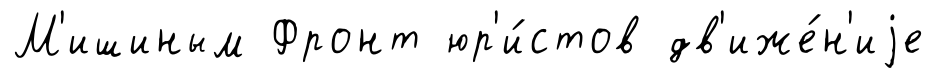
М'ишиным Фронт юр'и́стов дв'иже́н'иjе